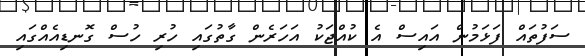
ސަފުތައް ފަޅަމުން އައިސް އެ ކުއްޖަކު އަހަރެން ގާތުގައި ހުރި ހުސް ގޮނޑިއެއްގައި